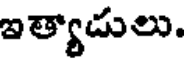
ఇత్యాడులు.